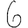
Digit: 6